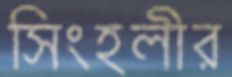
সিংহলীর